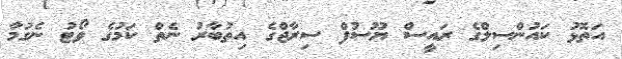
އަތޮޅު ކައުންސިލްގެ ރައީސް ޔޫސުފް ސިރާޖްގެ އިތުބާރު ނެތް ކަމުގެ ވޯޓު ނެގުމާ